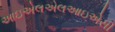
આઇએલએલઆઇએસી